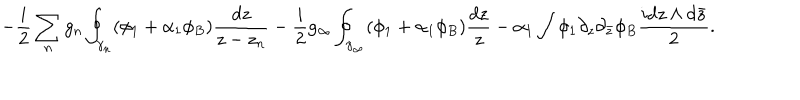
LaTeX: - \frac { i } { 2 } \sum _ { n } g _ { n } \oint _ { \gamma _ { n } } ( \phi _ { 1 } + \alpha _ { 1 } \phi _ { B } ) \frac { d z } { z - z _ { n } } - \frac { i } { 2 } g _ { \infty } \oint _ { \gamma _ { \infty } } ( \phi _ { 1 } + \alpha _ { 1 } \phi _ { B } ) \frac { d z } { z } - \alpha _ { 1 } \int \phi _ { 1 } \partial _ { z } \partial _ { \bar { z } } \phi _ { B } \frac { i d z \wedge d \bar { z } } { 2 } .